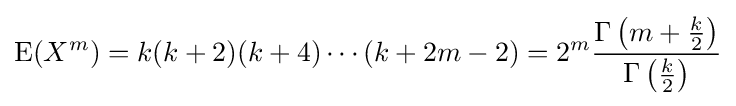
\operatorname {E} (X^{m})=k(k+2)(k+4)\cdots (k+2m-2)=2^{m}{\frac {\Gamma \left(m+{\frac {k}{2}}\right)}{\Gamma \left({\frac {k}{2}}\right)}}